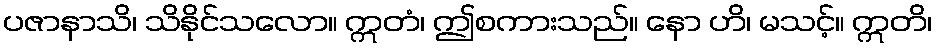
ပဇာနာသိ၊ သိနိုင်သလော။ ဣတံ၊ ဤစကားသည်။ နော ဟိ၊ မသင့်။ ဣတိ၊